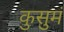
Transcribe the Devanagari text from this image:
कुसुमं